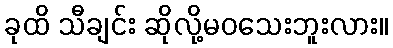
ခုထိ သီချင်း ဆိုလို့မဝသေးဘူးလား။